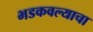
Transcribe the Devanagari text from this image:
भडकवल्याचा